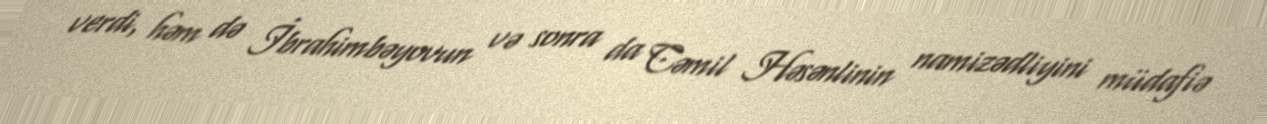
verdi, həm də İbrahimbəyovun və sonra da Cəmil Həsənlinin namizədliyini müdafiə